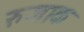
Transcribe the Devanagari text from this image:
रुजाक